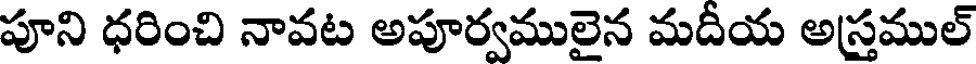
పూని ధరించి నావట అపూర్వములైన మదీయ అస్తముల్